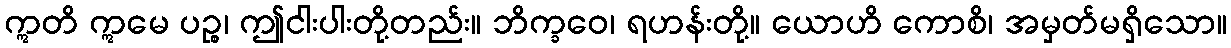
ဣတိ ဣမေ ပဉ္စ၊ ဤငါးပါးတို့တည်း။ ဘိက္ခဝေ၊ ရဟန်းတို့။ ယောဟိ ကောစိ၊ အမှတ်မရှိသော။